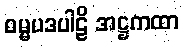
ဓမ္မပဒပါဠိ အဋ္ဌကထာ